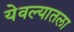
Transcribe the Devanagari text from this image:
येवल्यातला